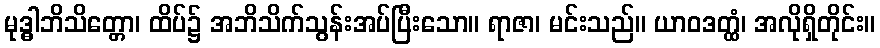
မုဒ္ဓါဘိသိတ္တော၊ ထိပ်၌ အဘိသိက်သွန်းအပ်ပြီးသော။ ရာဇာ၊ မင်းသည်။ ယာဝဒတ္ထံ၊ အလိုရှိတိုင်း။